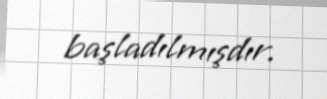
başladılmışdır.